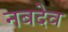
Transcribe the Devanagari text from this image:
नबदेव